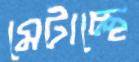
মেটাচ্ছে